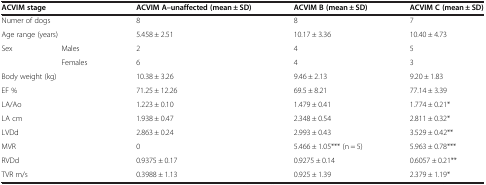
<table><thead><tr><td colspan="2"><b>ACVIM stage</b></td><td><b>ACVIM A–unaffected (mean ± SD)</b></td><td><b>ACVIM B (mean ± SD)</b></td><td><b>ACVIM C (mean ± SD)</b></td></tr></thead><tbody><tr><td colspan="2">Numer of dogs</td><td>8</td><td>8</td><td>7</td></tr><tr><td colspan="2">Age range (years)</td><td>5.458 ± 2.51</td><td>10.17 ± 3.36</td><td>10.40 ± 4.73</td></tr><tr><td rowspan="2">Sex</td><td>Males</td><td>2</td><td>4</td><td>5</td></tr><tr><td>Females</td><td>6</td><td>4</td><td>3</td></tr><tr><td colspan="2">Body weight (kg)</td><td>10.38 ± 3.26</td><td>9.46 ± 2.13</td><td>9.20 ± 1.83</td></tr><tr><td colspan="2">EF %</td><td>71.25 ± 12.26</td><td>69.5 ± 8.21</td><td>77.14 ± 3.39</td></tr><tr><td colspan="2">LA/Ao</td><td>1.223 ± 0.10</td><td>1.479 ± 0.41</td><td>1.774 ± 0.21*</td></tr><tr><td colspan="2">LA cm</td><td>1.938 ± 0.47</td><td>2.348 ± 0.54</td><td>2.811 ± 0.32*</td></tr><tr><td colspan="2">LVDd</td><td>2.863 ± 0.24</td><td>2.993 ± 0.43</td><td>3.529 ± 0.42**</td></tr><tr><td colspan="2">MVR</td><td>0</td><td>5.466 ± 1.05*** (n = 5)</td><td>5.963 ± 0.78***</td></tr><tr><td colspan="2">RVDd</td><td>0.9375 ± 0.17</td><td>0.9275 ± 0.14</td><td>0.6057 ± 0.21**</td></tr><tr><td colspan="2">TVR m/s</td><td>0.3988 ± 1.13</td><td>0.925 ± 1.39</td><td>2.379 ± 1.19*</td></tr></tbody></table>